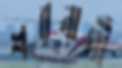
শরনার্থী